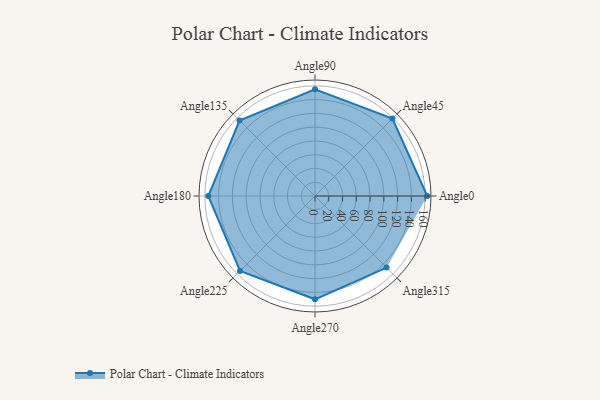
{"axis": {"x": "Angle", "y": "Radius"}, "legend": [""], "data": [{"x": "Angle0", "y": 163.0, "type": ""}, {"x": "Angle45", "y": 159.0, "type": ""}, {"x": "Angle90", "y": 155.0, "type": ""}, {"x": "Angle135", "y": 155.0, "type": ""}, {"x": "Angle180", "y": 155.0, "type": ""}, {"x": "Angle225", "y": 154.0, "type": ""}, {"x": "Angle270", "y": 150.0, "type": ""}, {"x": "Angle315", "y": 147.0, "type": ""}]}